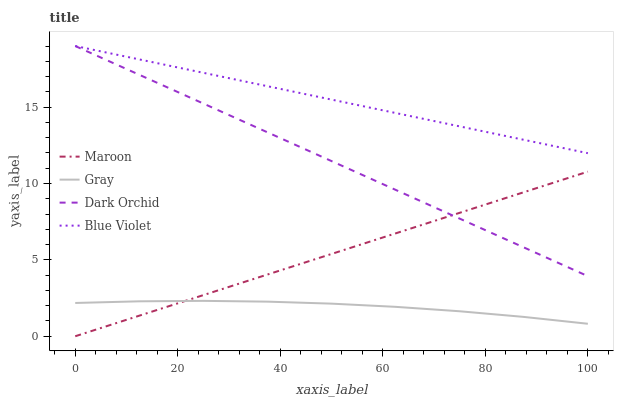
| xaxis_label | Maroon | Gray | Dark Orchid | Blue Violet |
 | --- | --- | --- | --- | --- |
 | 0 | 0 | 2.18 | 19 | 19 |
 | 12.5 | 1.35 | 2.29 | 17.1 | 18.1 |
 | 25 | 2.69 | 2.32 | 15.2 | 17.2 |
 | 37.5 | 4.04 | 2.27 | 13.3 | 16.4 |
 | 50 | 5.39 | 2.14 | 11.5 | 15.5 |
 | 62.5 | 6.73 | 1.93 | 9.58 | 14.6 |
 | 75 | 8.08 | 1.64 | 7.7 | 13.7 |
 | 87.5 | 9.43 | 1.27 | 5.82 | 12.9 |
 | 100 | 10.8 | 0.817 | 3.93 | 12 |